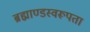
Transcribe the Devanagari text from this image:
ब्रह्माण्डस्वरूपता